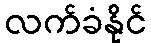
လက်ခံနိုင်